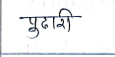
मजकूर: पुढारी